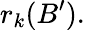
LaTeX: r_{k}(B^{\prime}).